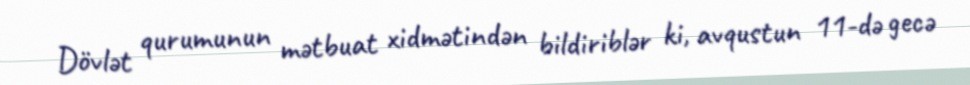
Dövlət qurumunun mətbuat xidmətindən bildiriblər ki, avqustun 11-də gecə